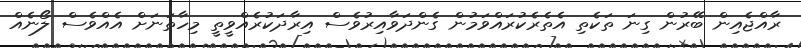
ރާއްޖެއިން ބޭރުން ގިނަ ތަކެތި އެތެރެކުރައްވަމުން ގެންދަވާއިރުވެސް އިރާދަކުރެއްވީތީ މިހާތަނަށް އެއްވެސް ލޯނެއް